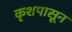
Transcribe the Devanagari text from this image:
कृशपासून